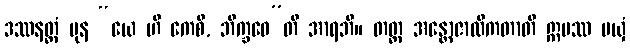
ဒဿနတ္ထံ ပုန “ယေ ဟိ ကေစိ, ဘိက္ခဝေ”တိ အာရဘိ။ တတ္ထ အန္တောဇာလီကတာတိ ဣမဿ မယှံ